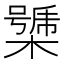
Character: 𣚧